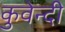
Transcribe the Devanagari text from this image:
कुवेन्दी